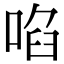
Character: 啗